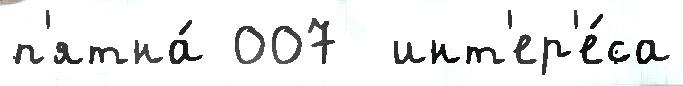
п'ятна́ 007  инт'ер'е́са